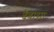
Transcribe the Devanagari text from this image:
देवासा